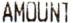
AMOUNT